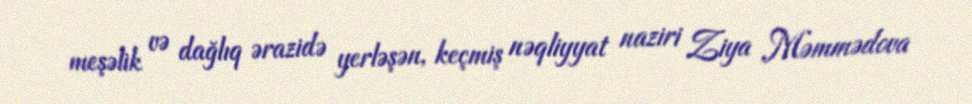
meşəlik və dağlıq ərazidə yerləşən, keçmiş nəqliyyat naziri Ziya Məmmədova